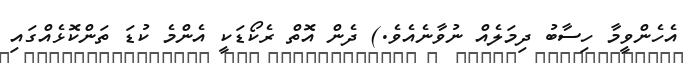
އެހެންވީމާ ހިސާބު ދިމަލެއް ނުވާނެއެވެ.) ދެން އޮތް ރެކޯޑަކީ އެންމެ ކުޑަ ތަންކޮޅެއްގައި